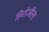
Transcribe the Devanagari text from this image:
हिरोजीला